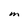
Character: M